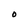
Character: O